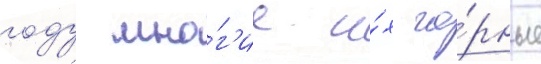
году мно́г'ие и́х го́рные